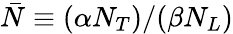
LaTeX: \bar{N}\equiv(\alpha{{N}_{T}})/(\beta{{N}_{L}})